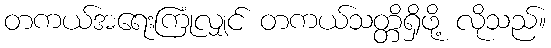
တကယ်အရေးကြုံလျှင် တကယ်သတ္တိရှိဖို့ လိုသည်။